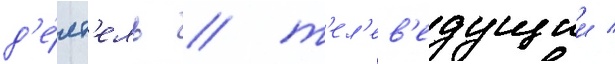
д'е́ят'ель / т'ел'ев'едущии /